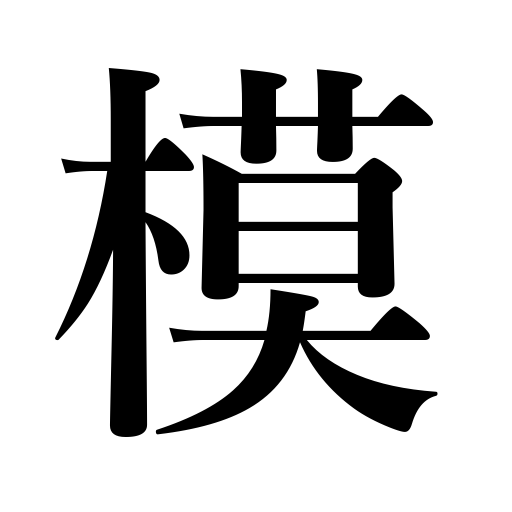
Meanings: mock,copy,imitate